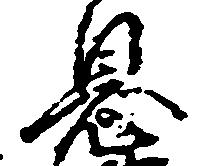
息